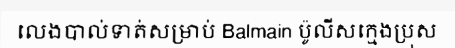
លេងបាល់ទាត់សម្រាប់ Balmain ប៉ូលីសក្មេងប្រុស